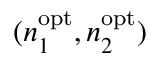
( n _ { 1 } ^ { \mathrm { o p t } } , n _ { 2 } ^ { \mathrm { o p t } } )